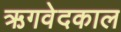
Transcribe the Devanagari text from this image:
ऋगवेदकाल